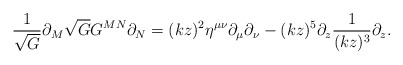
\begin{align*}\frac{1}{\sqrt{G}} \partial_M \sqrt{G} G^{MN} \partial_N = (kz)^2 \eta^{\mu\nu} \partial_\mu \partial_\nu - (kz)^5 \partial_z \frac{1}{(kz)^3} \partial_z.\end{align*}